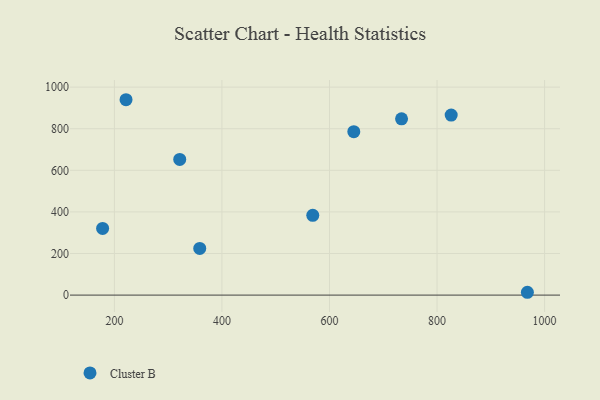
{"axis": {"x": "Study Hours", "y": "Fuel Efficiency"}, "legend": ["Cluster B"], "data": [{"x": "968.0", "y": 13.6, "type": "Cluster B"}, {"x": "826.3", "y": 865.5, "type": "Cluster B"}, {"x": "645.2", "y": 785.7, "type": "Cluster B"}, {"x": "358.7", "y": 224.3, "type": "Cluster B"}, {"x": "568.9", "y": 383.6, "type": "Cluster B"}, {"x": "221.6", "y": 939.4, "type": "Cluster B"}, {"x": "178.1", "y": 320.6, "type": "Cluster B"}, {"x": "321.5", "y": 652.5, "type": "Cluster B"}, {"x": "734.0", "y": 847.4, "type": "Cluster B"}]}